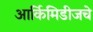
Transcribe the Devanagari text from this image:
आर्किमिडीजचे